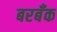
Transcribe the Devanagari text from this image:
बरबँक